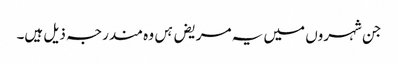
جن شہروں میں یہ مریض ہں وہ مندرجہ ذیل ہیں۔